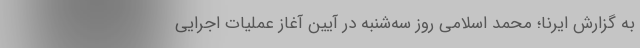
به گزارش ایرنا؛ محمد اسلامی روز سه‌شنبه در آیین آغاز عملیات اجرایی